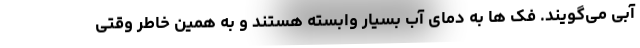
آبی می‌گویند. فک ها به دمای آب بسیار وابسته هستند و به همین خاطر وقتی